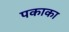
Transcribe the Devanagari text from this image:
पकाका